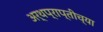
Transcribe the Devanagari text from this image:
अर्थप्राप्तीच्या